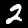
Digit: 2